Newspaper: The Albany register. [volume]
Place of publication: Albany, Or.
Publisher: C. Van Cleve
Date: 1870-04-30 00:00:00
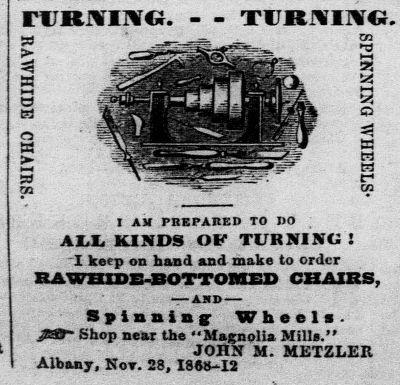
Advertisement text (OCR):
runrtTuvo. - - TURUfmo. a a I w S3 fa! O K w tJ f cn I AH PREPARED TO I0 . AM. KINDS OF TURNING ! I keep on hand and make to order HAWBISB-BOTTOnXED CHAIRS, ARB Spinning Wheels. JUST- Shop near the "Magnolia Mills." JOHN M. METZLEK Albany, Not. 28, 1868-12
Label: illustrations